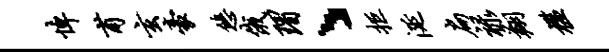
悼甫玄豪悠俄瑁丶拒涎扁禄翔槛